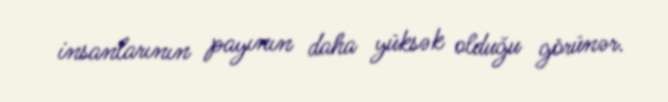
insanlarının payının daha yüksək olduğu görünər.